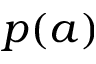
p ( a )